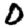
Digit: 0